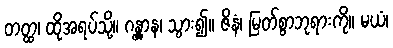
တတ္ထ၊ ထိုအရပ်သို့။ ဂန္တွာန၊ သွား၍။ ဇိနံ၊ မြတ်စွာဘုရားကို။ မယံ၊